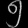
Digit: ၅